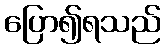
ပြော၍ရသည်